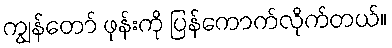
ကျွန်တော် ဖုန်းကို ပြန်ကောက်လိုက်တယ်။